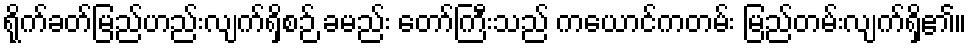
ရိုက်ခတ်မြည်ဟည်းလျက်ရှိစဉ် ခမည်း တော်ကြီးသည် ကယောင်ကတမ်း မြည်တမ်းလျက်ရှိ၏။